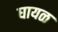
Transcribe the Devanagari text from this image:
घायळ